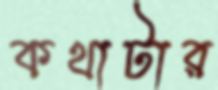
কথাটার